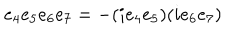
e _ { 4 } e _ { 5 } e _ { 6 } e _ { 7 } = - ( i e _ { 4 } e _ { 5 } ) ( i e _ { 6 } e _ { 7 } )